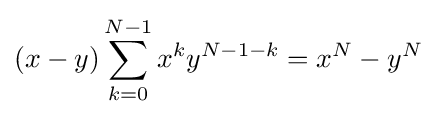
(x-y)\sum _{k=0}^{N-1}x^{k}y^{N-1-k}=x^{N}-y^{N}